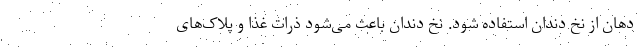
دهان از نخ دندان استفاده شود. نخ دندان باعث می‌شود ذرات غذا و پلاک‌های